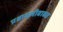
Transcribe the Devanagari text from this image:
प्रश्नावलीबाबत